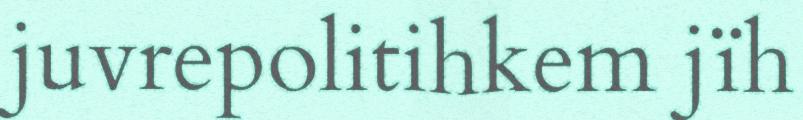
juvrepolitihkem jïh